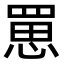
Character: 罳